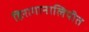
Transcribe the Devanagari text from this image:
हिरागानालिपीत